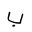
Letter: _ba